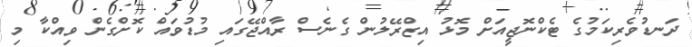
ދަނޑުވެރިކަމުގެ ޓެކްނޮޖީއަށް މޮޅު އިޒްރޭލުން ގެނެސް ރާއްޖޭގައި މުޑުވައް ކޮށްގެން ވިއްކާ މި